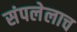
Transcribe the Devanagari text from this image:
संपलेलाच